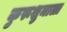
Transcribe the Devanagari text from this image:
कुरूशुमाला